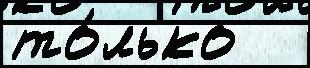
то́лько